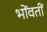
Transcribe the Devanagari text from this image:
भोंवतीं